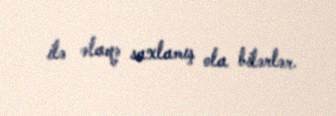
ilə əlaqə saxlamış ola bilərlər.